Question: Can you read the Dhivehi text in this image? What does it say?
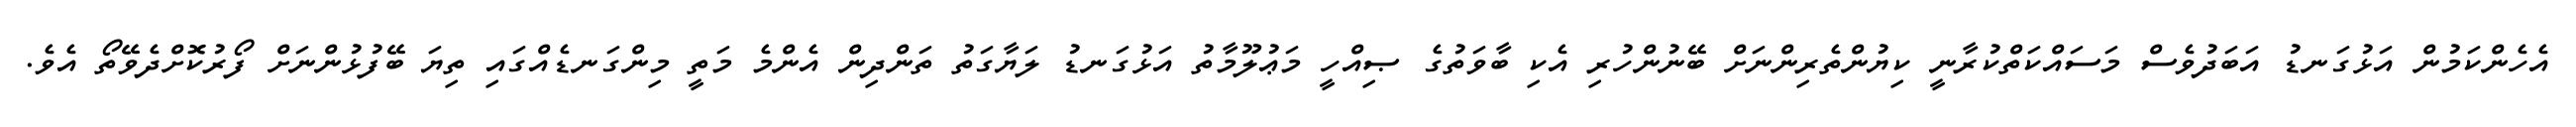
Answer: އެހެންކަމުން އަޅުގަނޑު އަބަދުވެސް މަސައްކަތްކުރާނީ ކިޔުންތެރިންނަށް ބޭނުންހުރި އެކި ބާވަތުގެ ޞިއްހީ މަޢުލޫމާތު އަޅުގަނޑު ލަޔާގަތު ތަންދިން އެންމެ މަތީ މިންގަނޑެއްގައި ތިޔަ ބޭފުޅުންނަށް ފޯރުކޮށްދެވޭތޯ އެވެ.